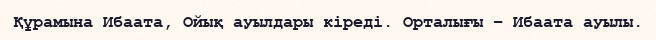
Құрамына Ибаата, Ойық ауылдары кіреді. Орталығы – Ибаата ауылы.